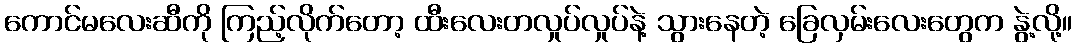
ကောင်မလေးဆီကို ကြည့်လိုက်တော့ ထီးလေးတလှုပ်လှုပ်နဲ့ သွားနေတဲ့ ခြေလှမ်းလေးတွေက နွဲ့လို့။